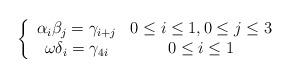
LaTeX: \begin{align*} \left\{ \begin{array}{cc} \alpha_i \beta_j = \gamma_{i+j} & 0 \leq i \leq 1, 0 \leq j \leq 3 \\\omega \delta_i = \gamma_{4i} & 0 \leq i \leq 1 \end{array} \right. \end{align*}